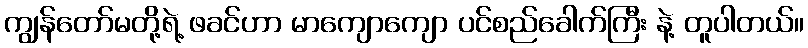
ကျွန်တော်မတို့ရဲ့ ဖခင်ဟာ မာကျောကျော ပင်စည်ခေါက်ကြီး နဲ့ တူပါတယ်။